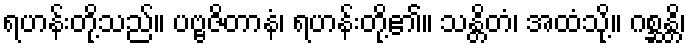
ရဟန်းတို့သည်။ ပဗ္ဗဇိတာနံ၊ ရဟန်းတို့၏။ သန္တိတံ၊ အထံသို့။ ဂစ္ဆန္တိ၊